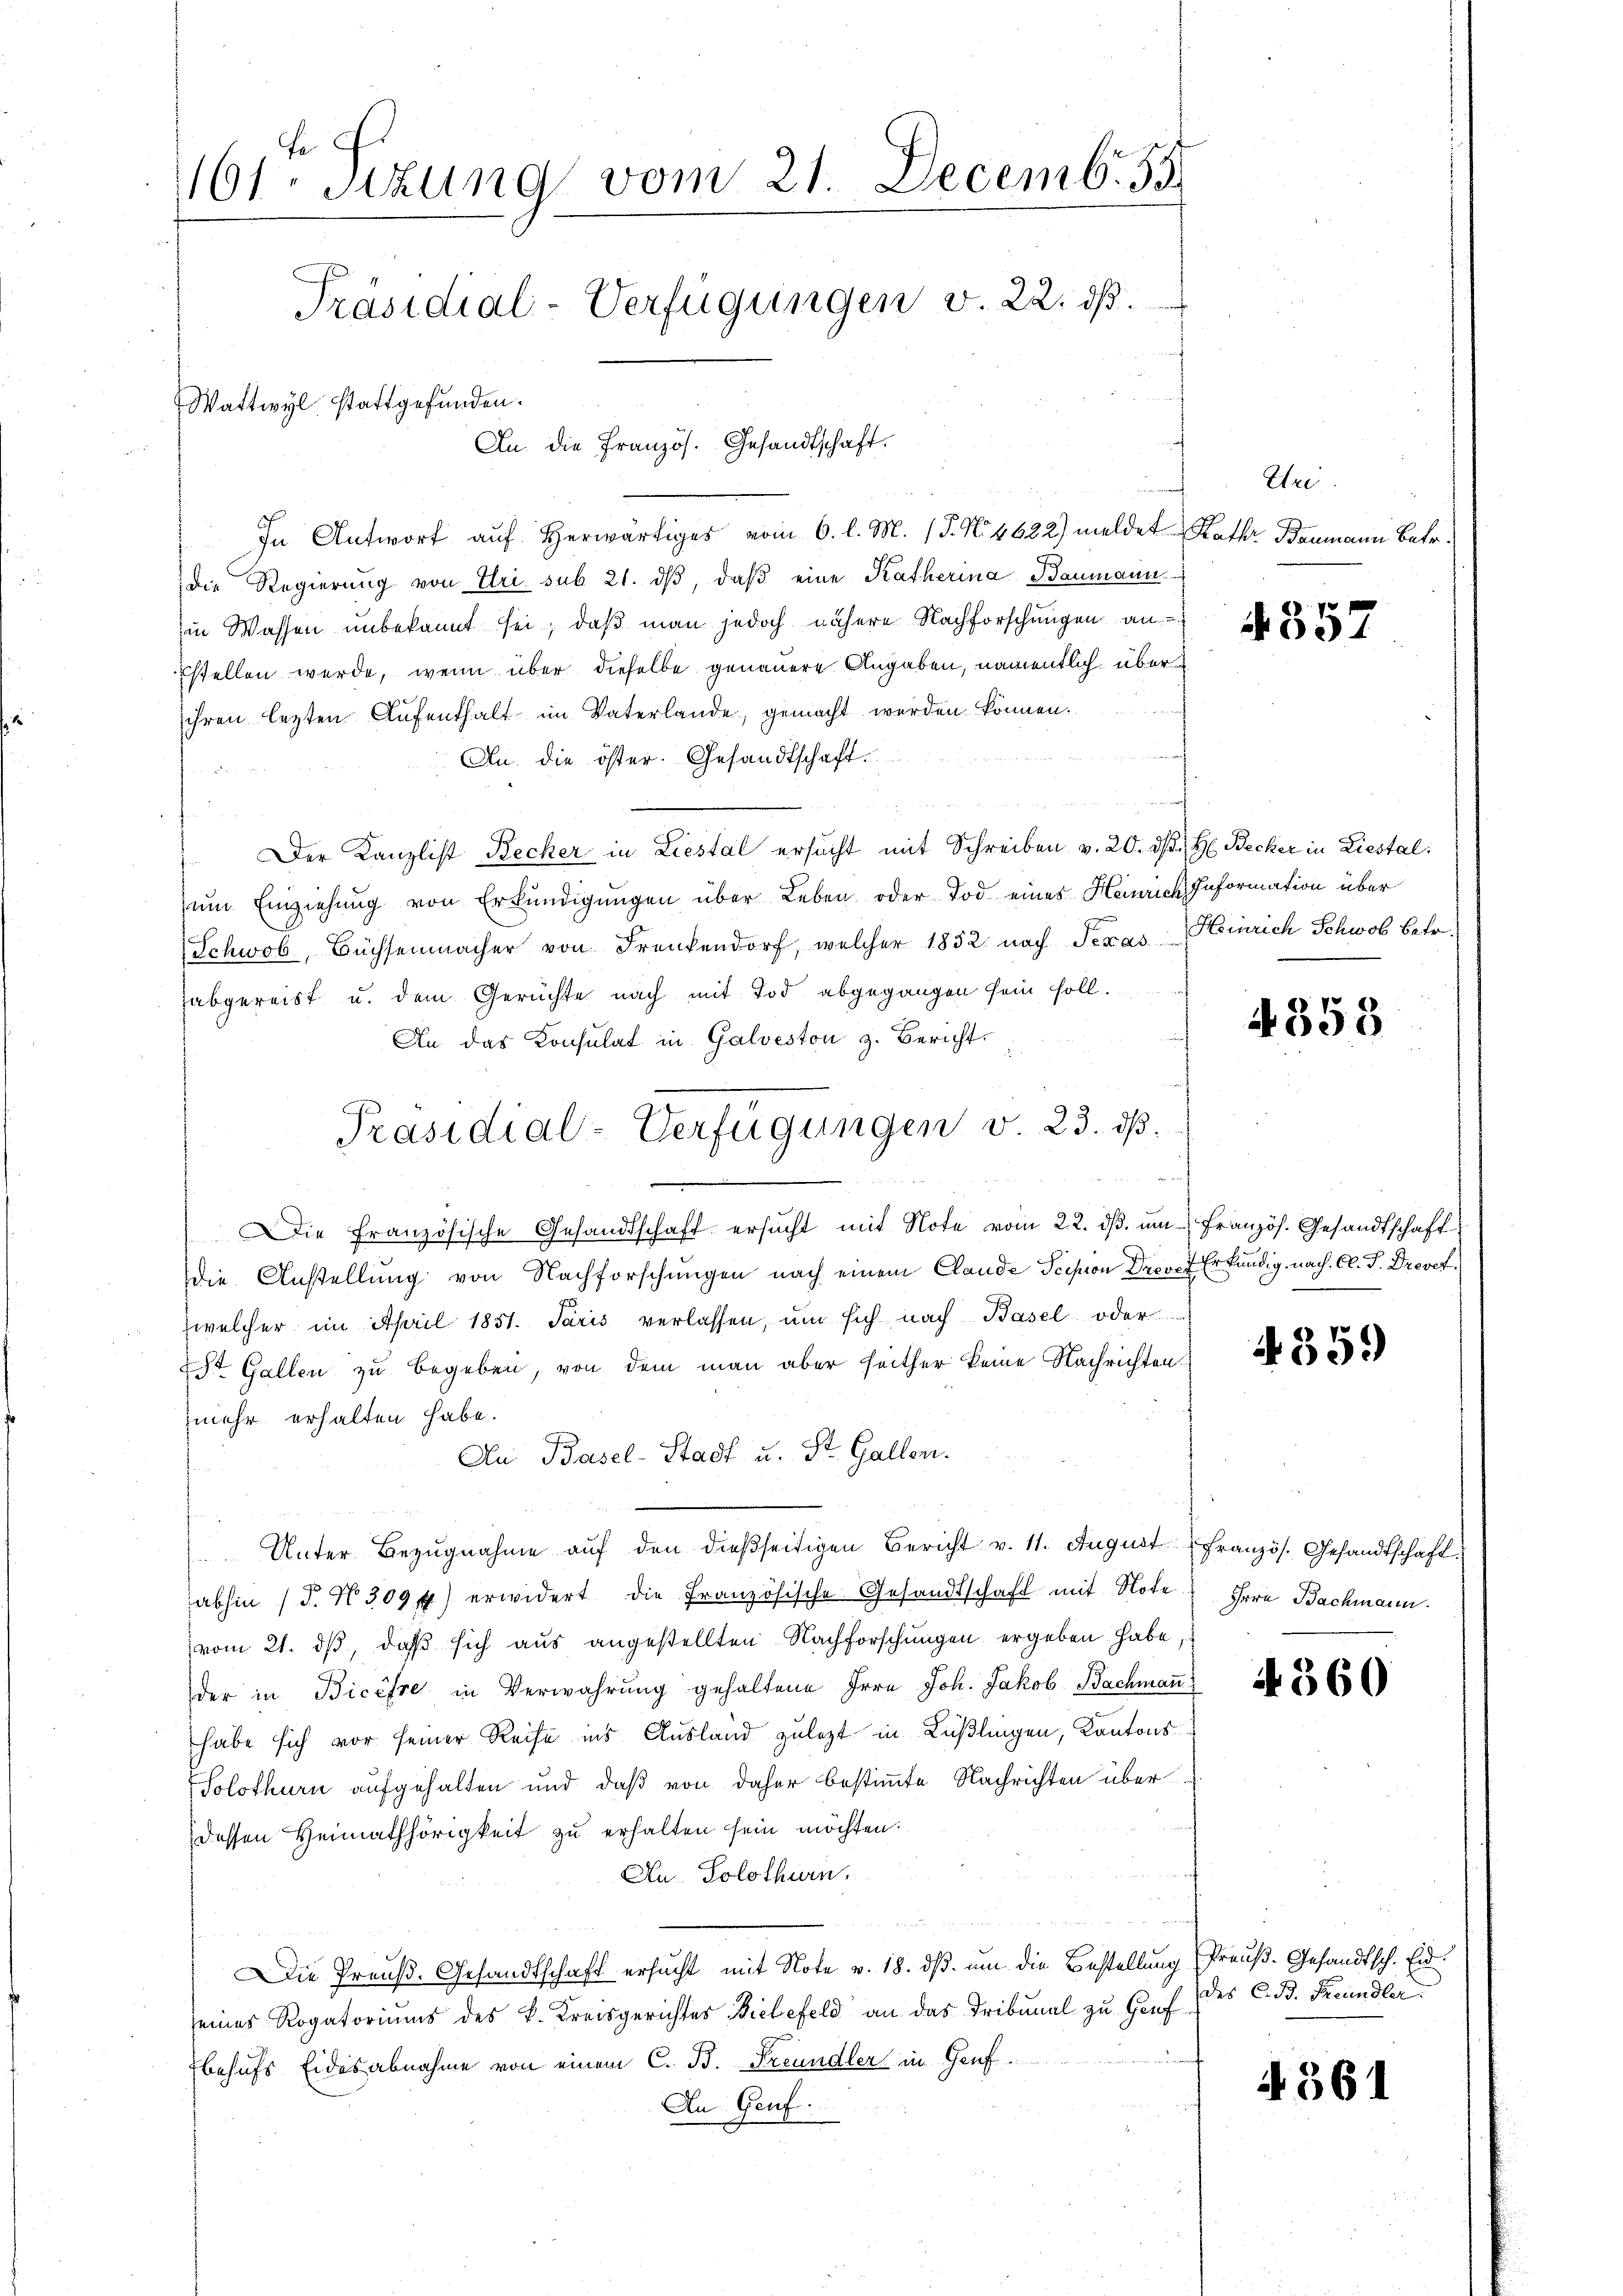
fe
161. Sizung vom 21. Decemb. 55.
Präsidial-Verfügungen v. 22. dß.
Wattwyl stattgefunden.
An die Französ. Gesandtschaft.

In Antwort auf herwärtiges vom 6. l. M. (T. No. 4622) meldet Raths Baumann Betr.
die Regierung von Uri sub 21. dβ, daß eine Katherina Baumann
in Wassen unbekannt sei, daß man jedoch nähere Nachforschungen an
Estellen werde, wenn über dieselbe genauere Angaben, namentlich über
ihren lezten Aufenthalt im Vaterlande, gemacht werden können.
An die öster. Gesandtschaft.
Der Kanzlist Recher in Liestal ersucht mit Schreiben v. 20. d. H. Becker in Liestal
zum Einziehung von Erkundigungen über Leben oder Tod eines Heinrich Information über
Schwab, Büchsenmacher von Frankendorf, welcher 1852 nach Seras Heinrich Schwab Betr
abgereist u. dem Gerüchte nach mit Tod abgegangen sein soll.
An das Konsulat in Galveston z. Bericht
Die Französische Gesandtschaft ersucht mit Note vom 22. dβ. ŭm Französ. Gesandtschaft
die Anstellung von Nachforschungen nach einem Clande Scision Drov, 7 Erkundig, nach Cl. J. Drevetwelcher im April 1851. Paris verlassen, um sich nach Basel oder
St. Gallen zu begeben, von dem man aber heither keine Nachrichten.
mehr erhalten habe.
An Basel-Stadt u. St. Gallen.
 Unter Bezugnahme auf den dießseitigen Bericht v. 11. August Französ. Gesandtschaft
abhin (T. N. 309 f.) erwidert die Französische Gesandtschaft mit Note
vom 21. ds, daß sich aus angestellten Nachforschungen ergeben habe,
der in Bicesse in Verwahrung gehaltene Irre Joh. Jakob Bachmann
habe sich vor seiner Reise ins Ausland zulezt in Küßlingen, Kantons
Solothurn aufgehalten und daß von daher bestimmte Nachrichten über
dessen Heimathörigkeit zu erhalten sein möchten:
Au. Solothurn.
Die Preuß. Gesandtschaft ersucht, mit Note v. 18. ds. um die Bestellung Preuß. Gesandtsch. Eidseines Rogatoriums des k. Kreisgerichtes Bielefeld an das Tribunal zu Hanf des C. B. Freundler
behufs Eidesabnahme von einem C. B. Freundler in Genf.
An Genf.

Präsidial-Verfügungen v. 23. ds.

i

Uri.

4357

4358

i359)

Irre Bachmann.

4360

A 561